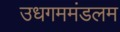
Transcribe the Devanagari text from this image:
उधगममंडलम